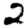
Digit: 2